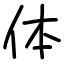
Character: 体